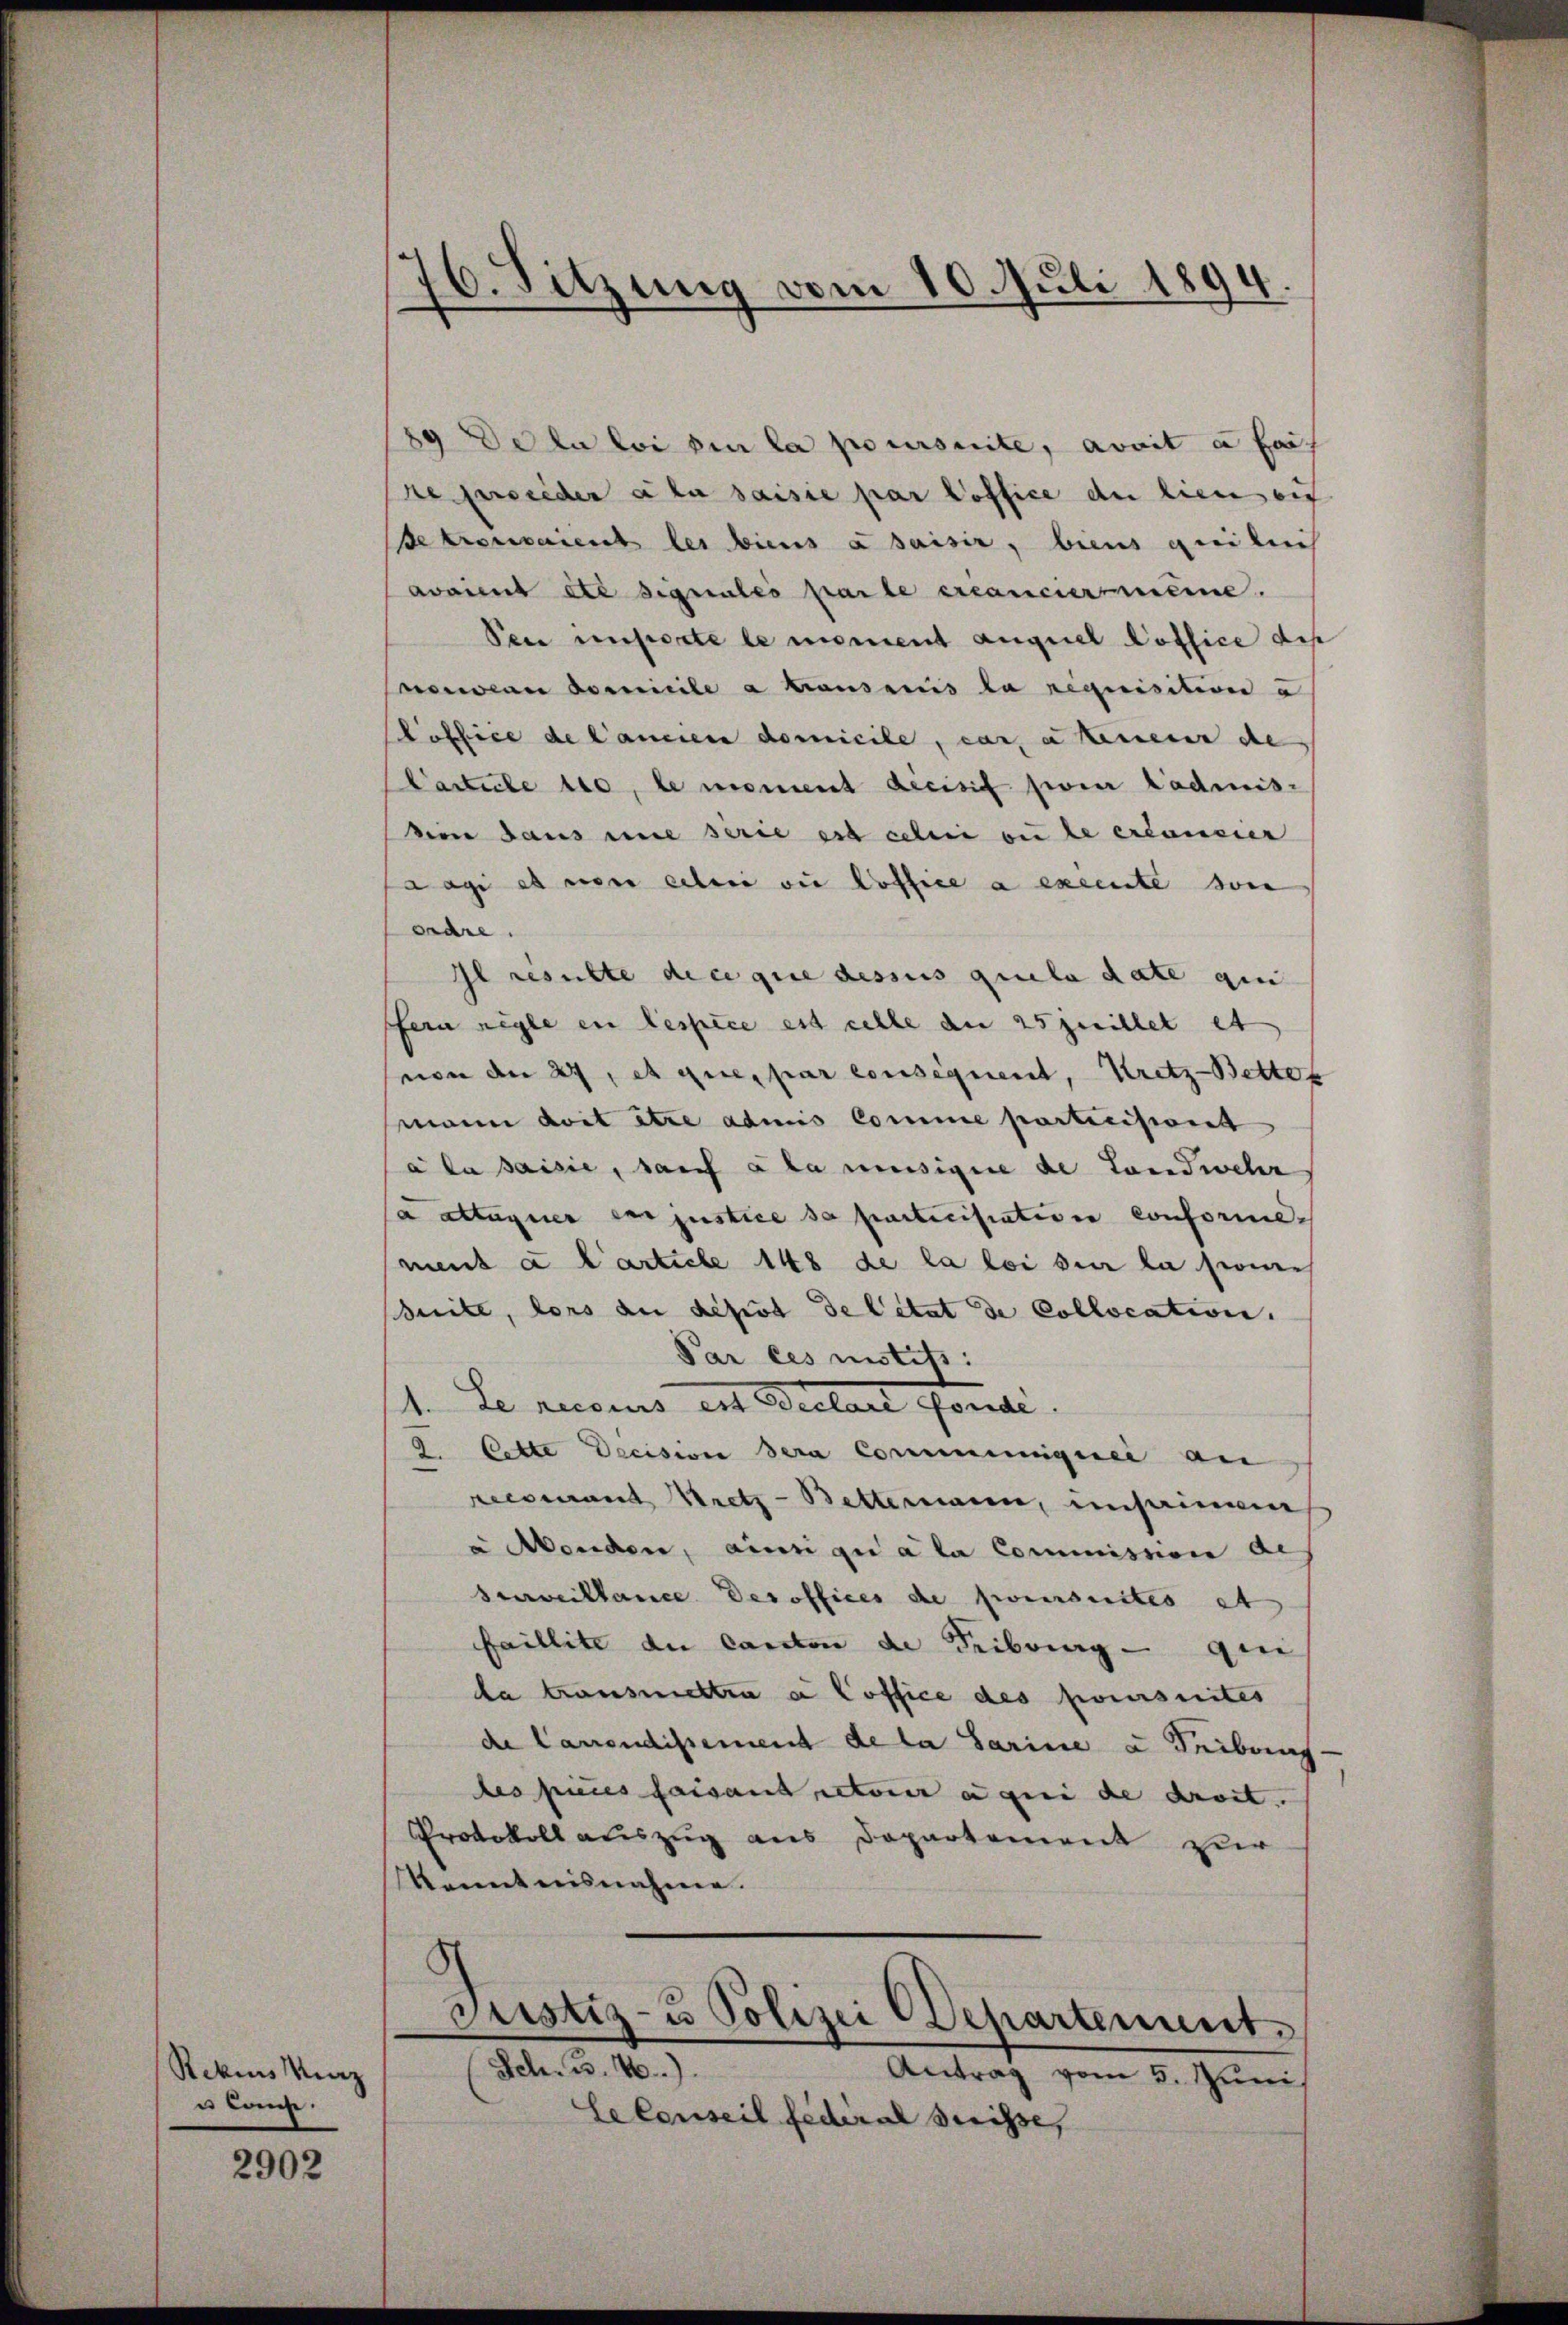
Rekurs Merz
u Cance.

2902

76. Sitzung vom 10. Juli 1894

89 De la loi sie la poursuite, avait à fait
se persieder a la saisie par office de lieu eig
de trousaient les biens à saisir, biens geeileich
avaient été signales par le créancier meine.
Sei unserte le moment auguel Poffice des
nowan domicile a tauseris la requisition a
Poffice de Cancien domicile, car, u kennener de
Carticle 110, le moment decisif zwei tadmis-
ven dans une serie est celui ou le créancier
Lage es von eilen ou Poffice a excente son
ordre.
Il resulte de ce que dessus quela date gin
fern negle en lespice est celle du 25 juillet et
non an 27, et que par consequent, Kretz-Bettes
mann doit être admis Comme particisiont
à la saisie, sauf alamusigire de Landwehr
a attaquer en justice sa particisiative conformement à l’article 148 de la loi sur la sons
suite, lors an desst de Citat de Collocation.
Par les mistiss:
14. Le recours ent Bretail fondi
2. Cette Decision dera Commungerei an
recomant Bretz-Bettermann, unseinen
a Menden, ainsi qui a la Commission de
Surveillance des offices de priursuites et
faillite du canton die Tribung — qui
da transmettra a Coffice des poursuites
de Canondissement de la Sarine u Tribung
les pures faisant retoir à qui de droit.
Protokoll auszug aus Departement zur
Kenntnisnahme.
8
Justiz- u Polizei Departement.
(Sch. 3. 4.)
Antrag vom 5. Juni
Secenseil federal Suisse,